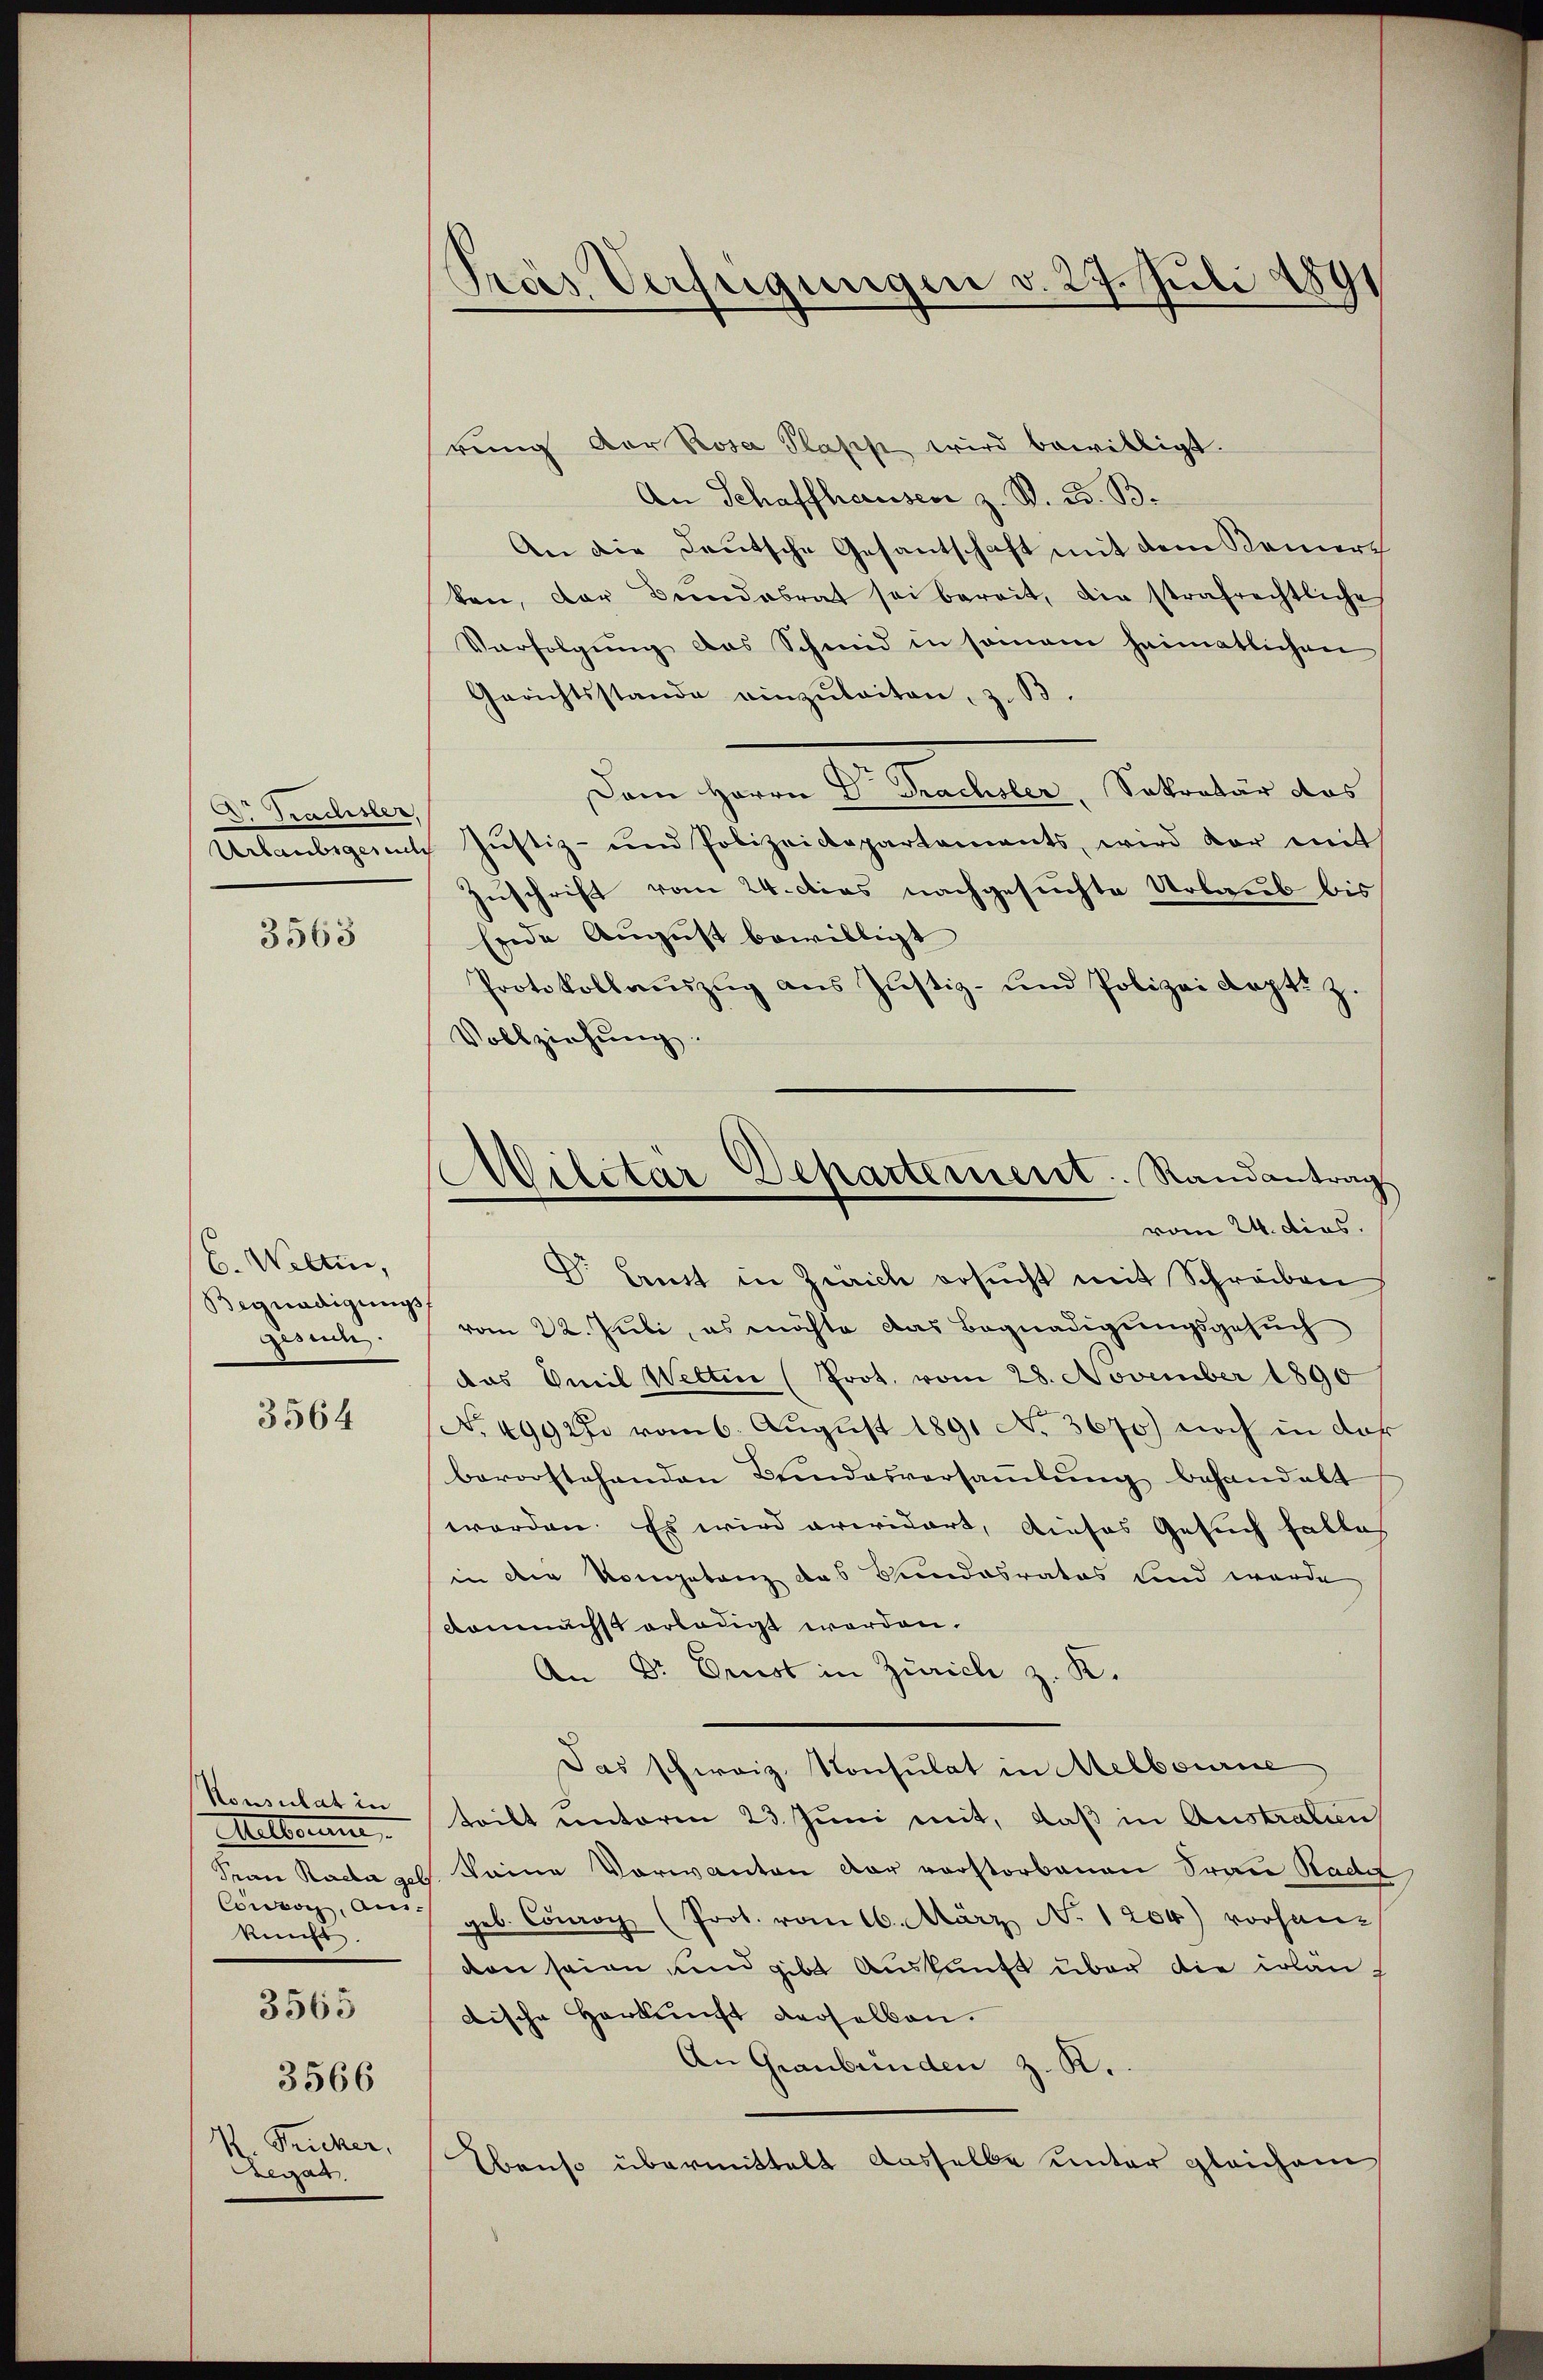
V. Tradisler,
Urlaubigerecht

3563

C. Weltin,
Begnadigungs
gesuch.

3564

Konsulat in
Melborn
Frau Rada ge
Condon, aus- |
kunft.
3565

3566

R. Tricker,
Legat.

Fras Verfeigungen d. 27. Juli 1891

Militar Departement. Randantrag
vom 24. dies.

rung der Prose Plass wird bewilligt.
An Schaffhausen z. S. B. B.
An die Deutsche Gesantschaft mit dem Bemerch
ken, der Bundesrat sei bereit, die strafrechtliche
Verfolgung das Schmid in seinem heimatlichen
Gerichtsstande einzuleiten, z. B
Dem Herrn Dr. Trachsler, Sekretär das
Justiz- und Polizeidepartements, wird vor mit
Zuschrift vom 24. dies nachgesuchte Urlaub bis
Erde August bewilligt
Protokollauszug aus Justiz- und Polizei Kapt. Z.
Vollziehung.
Dr. Lust in Zürich ersŭcht mit Schreiben
vom 22. Juli, es möchte das Begnadigungsgesuch
das Emil Welten (Prot. vom 28. November 1890
No. 499 27. vom 6. August 1891 No 3670) noch in der
bevorstehenden Bundesversamlung behandelt
worden. Es wird erwidert, dieses Gesuch falles
in dem Kompetanz das Bundesrates und wurde
demnächst erledigt worden.
An Dr. Ernst in Zürich z. K.
Das schweiz. Konsulat in Melbourne
teilt unterm 23. Juni mit, daß in Austrauen
keine Vorwanten dar vorstorbenen Frau Stadt
gel. Conroy (Prot. vom 16. März No. 1204) vorhan-
den seien, und gibt Auskunft über die erlandische Herkunft derselben.
An Graubünden z. R.
Ebenso übermittelt dasselbe unter gleichem